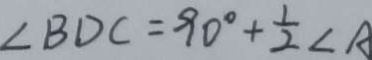
\angle B D C = 9 0 ^ { \circ } + \frac { 1 } { 2 } \angle A